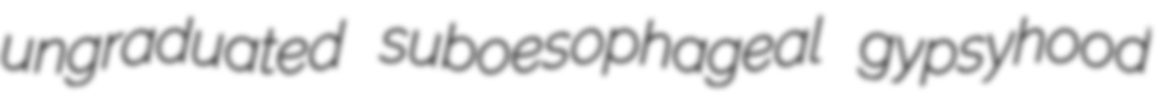
ungraduated suboesophageal gypsyhood